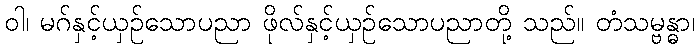
ဝါ၊ မဂ်နှင့်ယှဉ်သောပညာ ဖိုလ်နှင့်ယှဉ်သောပညာတို့ သည်။ တံသမ္ဗန္ဓာ၊